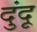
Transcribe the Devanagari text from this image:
दुंदू